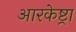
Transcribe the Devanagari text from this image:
आरकेष्ट्रा